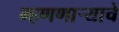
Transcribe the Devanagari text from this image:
म्हणणाऱ्याचे